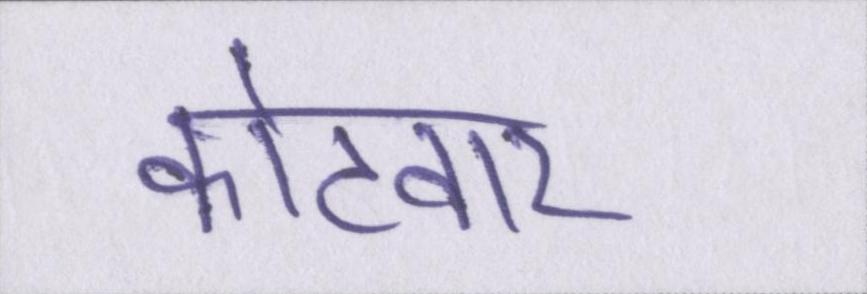
कोटवार